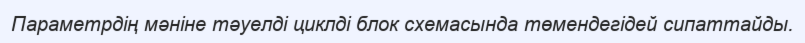
Параметрдің мәніне тәуелді циклді блок схемасында төмендегідей сипаттайды.